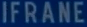
IFRANE